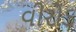
વીરોડ